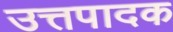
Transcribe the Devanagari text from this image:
उत्तपादक